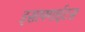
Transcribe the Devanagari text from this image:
इसाफ्गाईटस